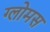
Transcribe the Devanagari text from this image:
ग्लोमस